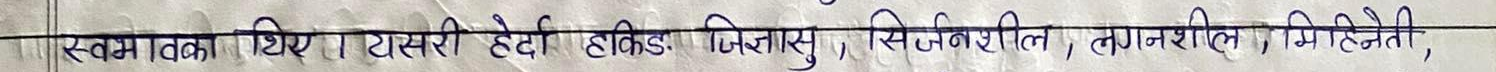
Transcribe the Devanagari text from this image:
स्वभावका थिए । तीसरी हेडी हाकेड जिज्ञासु, सिर्जनशील, लगनशील, मिहिनेती,